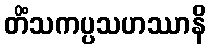
တိံသကပ္ပသဟဿာနိ